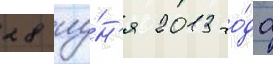
28 иу́н'я 2013 го́да